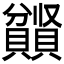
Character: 𫎤